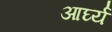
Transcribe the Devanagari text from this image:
आर्घ्य